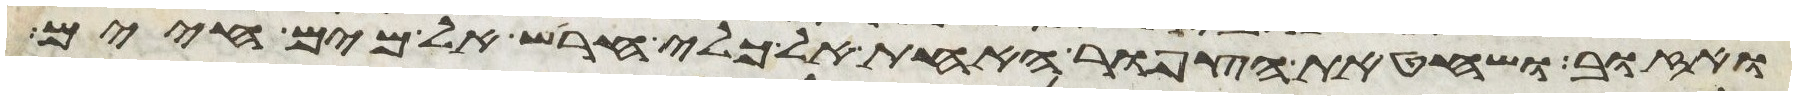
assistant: ואזוב ושחט את הצפור האחת אל כלי חרש על מים חיים